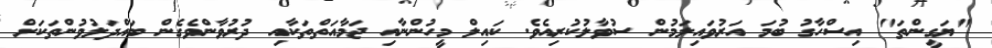
"ޔަގީންތަ" އިސްހާގު ބުމަ އަރުވައިލަމުން ސުވާލުކުރިއެވެ. ކައިލް މީހުންނާއި ޖަމާއަތްތަކާއި ދުރުވާންވެގެން ބައްދަލުވުންތަކަށް